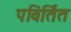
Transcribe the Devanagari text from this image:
पविर्तित